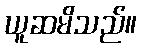
ယူဆမိသည်။